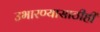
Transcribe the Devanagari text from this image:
उभारण्यासाठीही